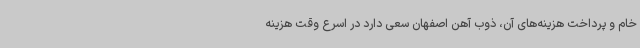
خام و پرداخت هزینه‌های آن، ذوب آهن اصفهان سعی دارد در اسرع وقت هزینه